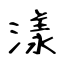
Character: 漾